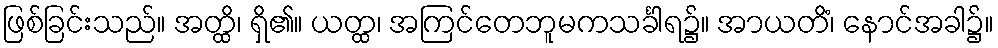
ဖြစ်ခြင်းသည်။ အတ္ထိ၊ ရှိ၏။ ယတ္ထ၊ အကြင်တေဘူမကသင်္ခါရ၌။ အာယတိံ၊ နောင်အခါ၌။